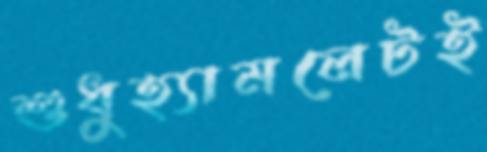
শুধুহ্যামলেটই